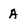
Character: A